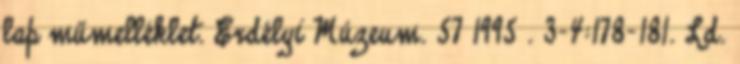
lap műmelléklet. Erdélyi Múzeum. 57 1995 . 3-4:178-181. Ld.